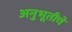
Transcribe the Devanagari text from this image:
अनुभूतीचे